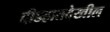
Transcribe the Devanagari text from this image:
दीडहातदेखील